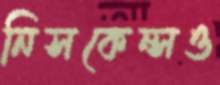
নিসকেন্সও